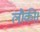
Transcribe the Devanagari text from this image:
लौकी।